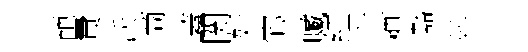
葩費沃商蓋関奸宓贓紅主柙豁犇